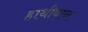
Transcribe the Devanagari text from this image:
हाथीवान